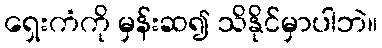
ရှေးကံကို မှန်းဆ၍ သိနိုင်မှာပါဘဲ။